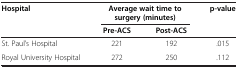
<table><thead><tr><td rowspan="2"><b>Hospital</b></td><td colspan="2"><b>Average wait time to surgery (minutes)</b></td><td rowspan="2"><b>p-value</b></td></tr><tr><td><b>Pre-ACS</b></td><td><b>Post-ACS</b></td></tr></thead><tbody><tr><td>St. Paul’s Hospital</td><td>221</td><td>192</td><td>.015</td></tr><tr><td>Royal University Hospital</td><td>272</td><td>250</td><td>.112</td></tr></tbody></table>